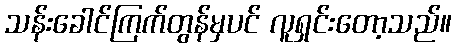
သန်းခေါင်ကြက်တွန်မှပင် လူရှင်းတော့သည်။